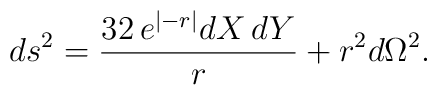
ds^2 = {32\,  e^{\vert -r \vert} dX\, dY \over r} + r^2 d\Omega^2 .